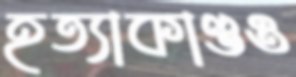
হত্যাকাণ্ডও